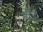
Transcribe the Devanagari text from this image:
रौड